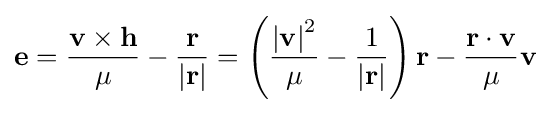
\mathbf {e} ={\mathbf {v} \times \mathbf {h}  \over {\mu }}-{\mathbf {r}  \over {\left|\mathbf {r} \right|}}=\left({\mathbf {\left|v\right|} ^{2} \over {\mu }}-{1 \over {\left|\mathbf {r} \right|}}\right)\mathbf {r} -{\mathbf {r} \cdot \mathbf {v}  \over {\mu }}\mathbf {v}